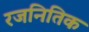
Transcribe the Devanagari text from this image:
रजनितिक